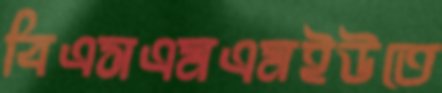
বিএসএমএমইউতে